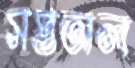
সপ্ততাল